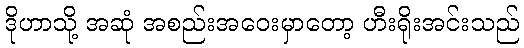
ဒိုဟာသို့ အဆုံ အစည်းအဝေးမှာတော့ ဟီးရိုးအင်းသည်